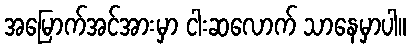
အမြောက်အင်အားမှာ ငါးဆလောက် သာနေမှာပါ။